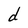
Character: d